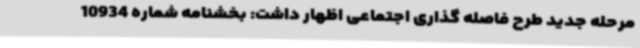
مرحله جدید طرح فاصله گذاری اجتماعی اظهار داشت: بخشنامه شماره 10934